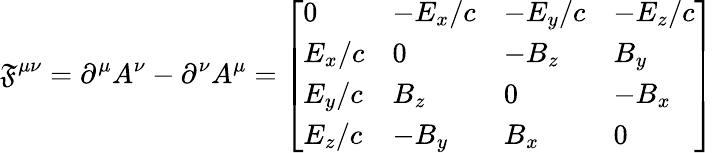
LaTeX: \mathfrak{F}^{\mu\nu}=\partial^{\mu}A^{\nu}-\partial^{\nu}A^{\mu}={\left[\begin{array}{llll}{0}&{-E_{x}/c}&{-E_{y}/c}&{-E_{z}/c}\\ {E_{x}/c}&{0}&{-B_{z}}&{B_{y}}\\ {E_{y}/c}&{B_{z}}&{0}&{-B_{x}}\\ {E_{z}/c}&{-B_{y}}&{B_{x}}&{0}\end{array}\right]}